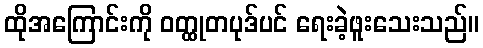
ထိုအကြောင်းကို ဝတ္ထုတပုဒ်ပင် ရေးခဲ့ဖူးသေးသည်။